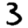
Digit: 3